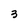
Character: 3